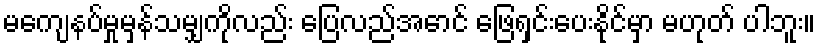
မကျေနပ်မှုမှန်သမျှကိုလည်း ပြေလည်အောင် ဖြေရှင်းပေးနိုင်မှာ မဟုတ် ပါဘူး။